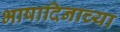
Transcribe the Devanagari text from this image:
भाषादिनाच्या